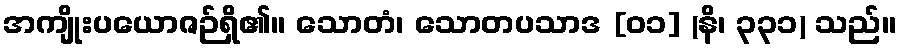
အကျိုးပယောဇဉ်ရှိ၏။ သောတံ၊ သောတပသာဒ [၀၁] (နိ၊ ၃၃၁) သည်။